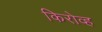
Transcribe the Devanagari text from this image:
किरोव्ह